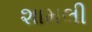
શામલી